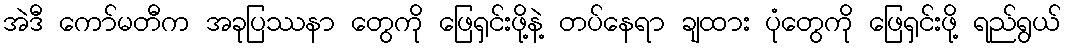
အဲဒီ ကော်မတီက အခုပြဿနာ တွေကို ဖြေရှင်းဖို့နဲ့ တပ်နေရာ ချထား ပုံတွေကို ဖြေရှင်းဖို့ ရည်ရွယ်